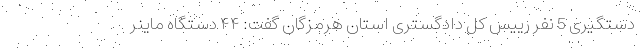
دستگیری 5 نفر رییس کل دادگستری استان هرمزگان گفت: ۴۴ دستگاه ماینر